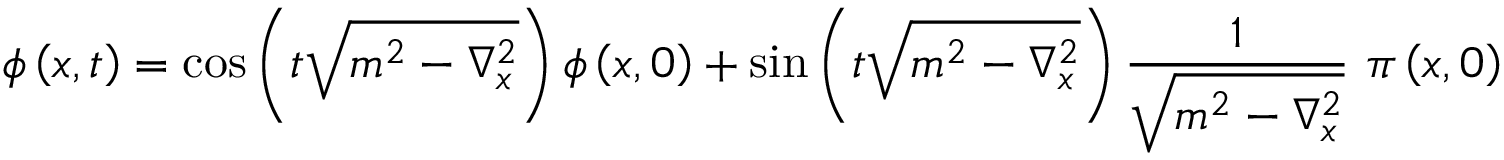
\phi \left( x , t \right) = \cos \left( t \sqrt { m ^ { 2 } - \nabla _ { x } ^ { 2 } } \right) \phi \left( x , 0 \right) + \sin \left( t \sqrt { m ^ { 2 } - \nabla _ { x } ^ { 2 } } \right) \frac { 1 } { \sqrt { m ^ { 2 } - \nabla _ { x } ^ { 2 } } } ~ \pi \left( x , 0 \right)